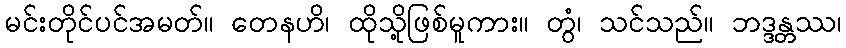
မင်းတိုင်ပင်အမတ်။ တေနဟိ၊ ထိုသို့ဖြစ်မူကား။ တွံ၊ သင်သည်။ ဘဒ္ဒန္တဿ၊